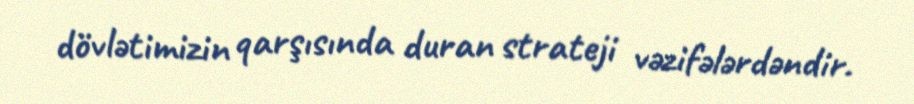
dövlətimizin qarşısında duran strateji vəzifələrdəndir.